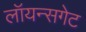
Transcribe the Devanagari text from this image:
लॉयन्सगेट